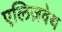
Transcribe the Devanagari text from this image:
एलिज़वेथ